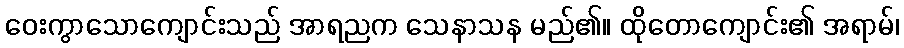
ဝေးကွာသောကျောင်းသည် အာရညက သေနာသန မည်၏။ ထိုတောကျောင်း၏ အရာမ်၊